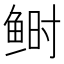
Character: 鲥